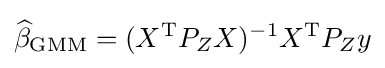
{\widehat {\beta }}_{\mathrm {GMM} }=(X^{\mathrm {T} }P_{Z}X)^{-1}X^{\mathrm {T} }P_{Z}y